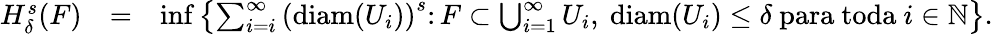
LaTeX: \begin{array}{rlr}{H_{\delta}^{s}(F)}&{=}&{\operatorname*{inf}\left\{ \sum_{i=i}^{\infty}\left(\mathrm{diam}(U_{i})\right)^{s}\colon F\subset\bigcup_{i=1}^{\infty}U_{i}\mathrm{,~}\mathrm{diam}(U_{i})\leq\delta\mathrm{~para~toda~}i\in\mathbb N\right\} .}\end{array}